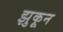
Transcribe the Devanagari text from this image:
झुकून